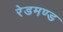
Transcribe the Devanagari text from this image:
रेडमण्ड